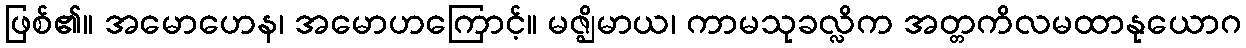
ဖြစ်၏။ အမောဟေန၊ အမောဟကြောင့်။ မဇ္ဈိမာယ၊ ကာမသုခလ္လိက အတ္တကိလမထာနုယောဂ